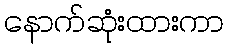
နောက်ဆုံးထားကာ